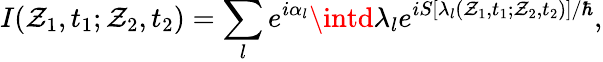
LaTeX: I(\mathcal{Z}_{1},t_{1};\mathcal{Z}_{2},t_{2})=\sum_{l}e^{i\alpha_{l}}\intd\lambda_{l}e^{iS[\lambda_{l}(\mathcal{Z}_{1},t_{1};\mathcal{Z}_{2},t_{2})]/\hbar},